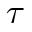
\tau